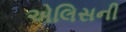
એલિસની